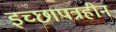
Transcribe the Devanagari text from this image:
इच्छापत्रहीन